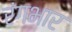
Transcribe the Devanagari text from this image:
रंगभार